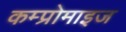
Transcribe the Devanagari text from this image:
कम्प्रोमाइज